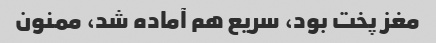
مغز پخت بود، سریع هم آماده شد، ممنون